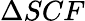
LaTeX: \Delta SCF